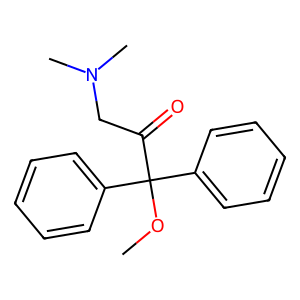
SMILES: COC(C(=O)CN(C)C)(c1ccccc1)c1ccccc1
Inhibits HIV replication: No